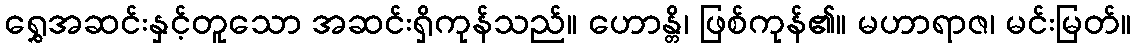
ရွှေအဆင်းနှင့်တူသော အဆင်းရှိကုန်သည်။ ဟောန္တိ၊ ဖြစ်ကုန်၏။ မဟာရာဇ၊ မင်းမြတ်။